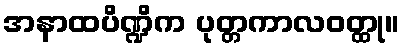
အနာထပိဏ္ဍိက ပုတ္တကာလဝတ္ထု။